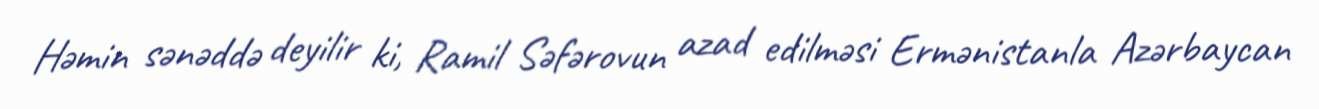
Həmin sənəddə deyilir ki, Ramil Səfərovun azad edilməsi Ermənistanla Azərbaycan